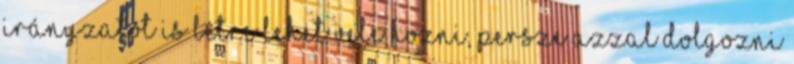
irányzatot is létre lehet vele hozni, persze azzal dolgozni